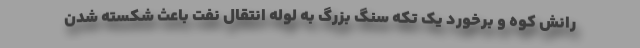
رانش کوه و برخورد یک تکه سنگ بزرگ به لوله انتقال نفت باعث شکسته شدن